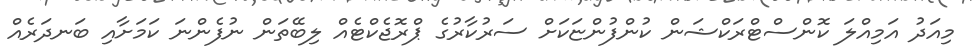
މިއަދު އަމިއްލަ ކޮންސްޓްރަކްޝަން ކުންފުންޏަކަށް ސަރުކާރުގެ ޕްރޮޖެކްޓެއް ލިބޭތަން ނުފެންނަ ކަމަށާއި ބަނދަރެއް